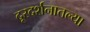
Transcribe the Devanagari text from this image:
दूरदर्शनातल्या